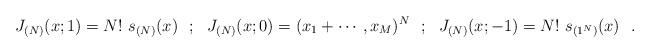
LaTeX: \begin{align*}J_{(N)} (x;1) = N!~s_{(N)}(x)~~;~~J_{(N)} (x;0) = (x_1+\cdots,x_M)^N ~~;~~J_{(N)} (x;-1) = N!~s_{(1^N)}(x)~~.\end{align*}